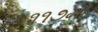
૧૧૭મો